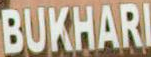
BUKHARI